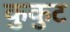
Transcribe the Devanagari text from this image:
कुकुट